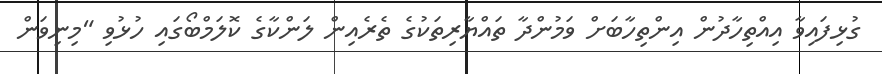
ގުޅިފައިވާ އިއްތިހާދުން އިންތިހާބަށް ވަމުންދާ ތައްޔާރިތަކުގެ ތެރެއިން ލަންކާގެ ކޮލަމްބޯގައި ހުޅުވި "މިނިވަން